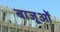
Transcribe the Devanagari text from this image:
बाजूओं